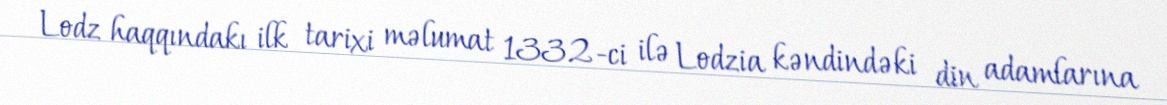
Lodz haqqındakı ilk tarixi məlumat 1332-ci ilə Lodzia kəndindəki din adamlarına